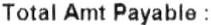
TOTAL AMT PAYABLE :